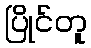
ပြိုင်တူ